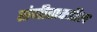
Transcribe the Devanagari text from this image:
संगीताकडील